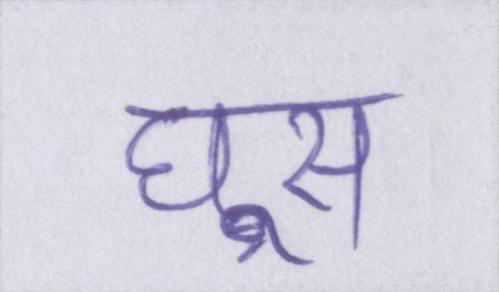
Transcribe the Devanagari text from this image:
घूस